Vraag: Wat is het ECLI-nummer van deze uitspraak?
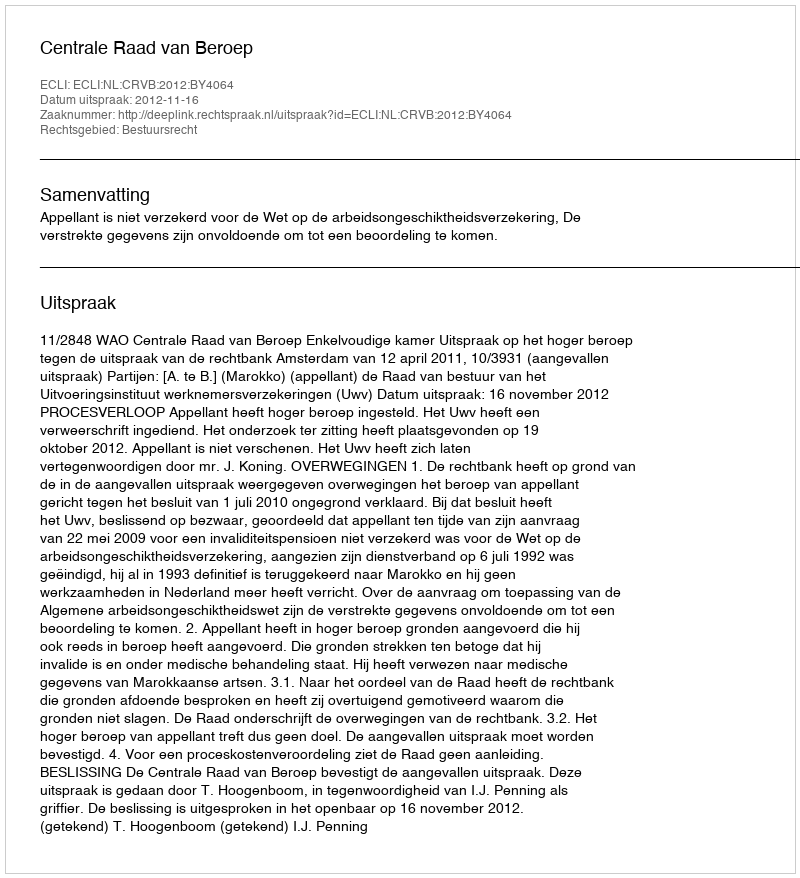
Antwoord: ECLI:NL:CRVB:2012:BY4064